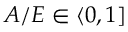
A / E \in \langle 0 , 1 ]